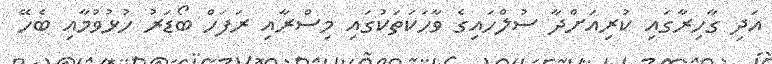
އަދި ގާހިރާގައި ކުރިއަށްދާ ސުލްހައިގެ ވާހަކަތަކުގައި މިސްރާއި ރަފަހް ބޯޑަރު ހުޅުވުމާއި ބެހޭ